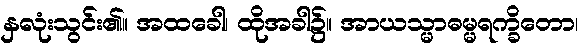
နှလုံးသွင်း၏။ အထခေါ၊ ထိုအခါ၌။ အာယသ္မာဓမ္မရက္ခိတော၊